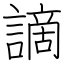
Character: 謫